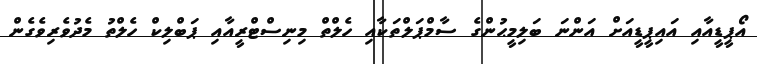
އޯޕީޑީއާއި އައިޕީޑީއަށް އަންނަ ބަލިމީޙުންގެ ސާމްޕަލްތަކާއި ހެލްތް މިނިސްޓްރީއާއި ޕަބްލިކް ހެލްތު މެދުވެރިވެގެން